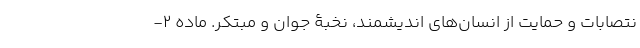
نتصابات و حمایت از انسان‌های اندیشمند، نخبۀ جوان و مبتکر. ماده ۲-